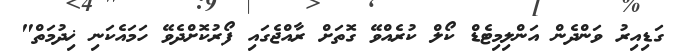
ގަޑިއިރު ވަންދެން އަންލިމިޓެޑް ކޯލް ކުރެއްވޭ ގޮތަށް ރާއްޖެގައި ފޯރުކޮށްދެވޭ ހަމައެކަނި ޚިދުމަތް"